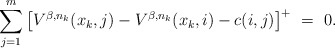
\begin{align*}\sum_{j=1}^m \big[V^{\beta,n_k}(x_k,j) - V^{\beta,n_k}(x_k,i)- c(i,j)\big]^+ \ = \ 0.\end{align*}